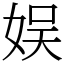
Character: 娱